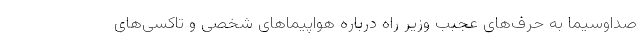
صداوسیما به حرف‌های عجبب وزیر راه درباره هواپیماهای شخصی و تاکسی‌های